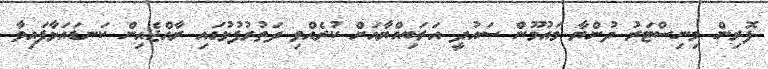
ފޮރިން މިނިސްޓަރު ދުންޔާ މައުމޫން ސައުދީ އަރަބިއްޔާއަށް ކުރެއްވި ދަތުރުފުޅުގައި ރާއްޖެއިން ކަނޑައަޅާފައިވާ